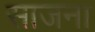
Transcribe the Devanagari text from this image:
साजना